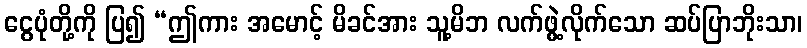
ငွေပုံတို့ကို ပြ၍ “ဤကား အမောင့် မိခင်အား သူ့မိဘ လက်ဖွဲ့လိုက်သော ဆပ်ပြာဘိုးသာ၊